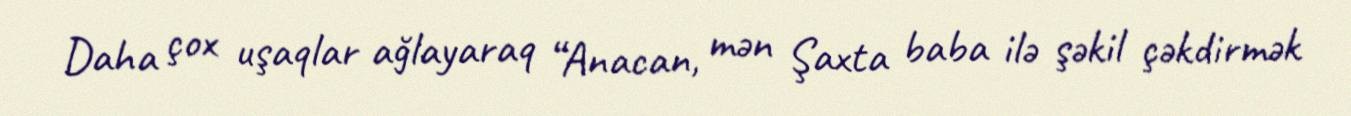
Daha çox uşaqlar ağlayaraq “Anacan, mən Şaxta baba ilə şəkil çəkdirmək